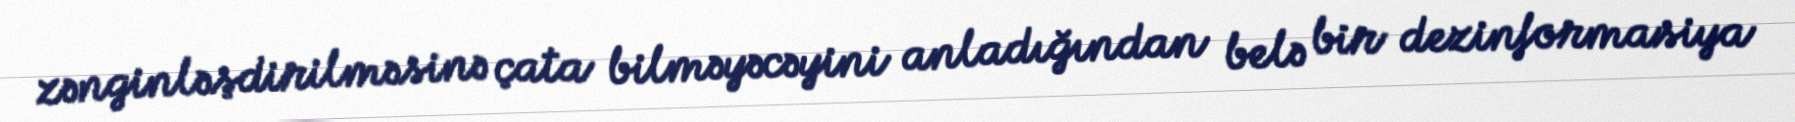
zənginləşdirilməsinə çata bilməyəcəyini anladığından belə bir dezinformasiya